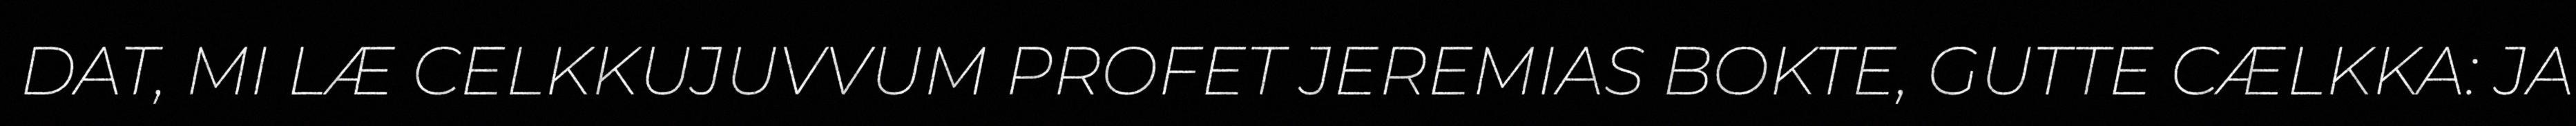
DAT, MI LÆ CELKKUJUVVUM PROFET JEREMIAS BOKTE, GUTTE CÆLKKA: JA